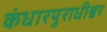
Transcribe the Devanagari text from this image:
कंधारपुराधीश्वर